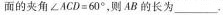
面的夹角$$\angle A C D = 6 0 °$$，则AB的长为____.